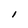
Character: I